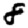
Digit: 8